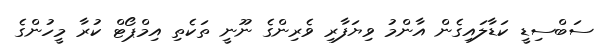
ސަބްސިޑީ ކަޑާލައިގެން އާންމު ވިޔަފާރި ވެރިންގެ ނޫނީ ތަކެތި އިމްޕޯޓް ކުރާ މީހުންގެ